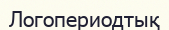
Логопериодтық